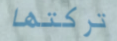
تركتها